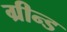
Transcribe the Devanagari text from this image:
ग्रीन्ड